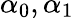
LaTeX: \alpha_{0},\alpha_{1}